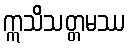
ဣသိသတ္တမဿ